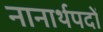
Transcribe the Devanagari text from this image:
नानार्थपदों